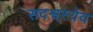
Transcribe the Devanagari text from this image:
सदश्वस्येव